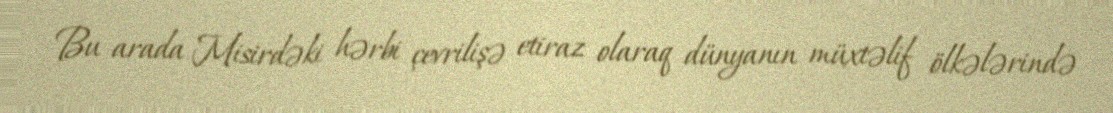
Bu arada Misirdəki hərbi çevrilişə etiraz olaraq dünyanın müxtəlif ölkələrində